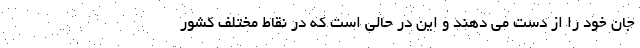
جان خود را از دست می دهند و این در حالی است که در نقاط مختلف کشور